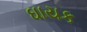
ઘાયક